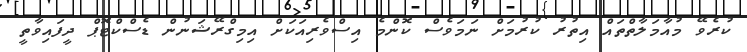
ކުރެވޭ މުއާމަލާތްތައް އިތުރު ކުރުމަށް ނަމަވެސް ކޮންމެ އިސްވެރިއަކަށް އިމިގްރޭޝަނުން ޑެސްކްޓޮޕް ދީފައިވާތީ